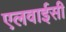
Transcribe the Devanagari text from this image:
एलवाईसी